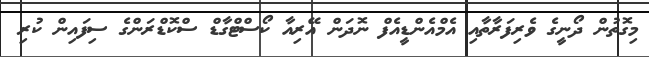
މިގޮތުން ދޯނީގެ ވެރިފަރާތާއި އެމްއެންޑީއެފް ނޮދަން އޭރިއާ ކޯސްޓްގާޑް ސްކޮޑްރަންގެ ސިފައިން ކުރި